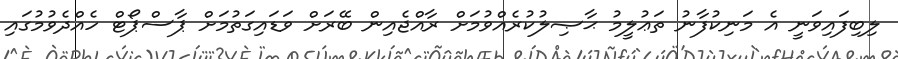
ލިބިފައިވަނީ އެ މަނިކުފާނު ތަޢުލީމު ޙާޞިލުކުރެއްވުމަށް ރާއްޖެއިން ބޭރަށް ވަޑައިގަތުމަށް ޕާސްޕޯޓް ހެއްދެވުމުގައި